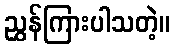
ညွှန်ကြားပါသတဲ့။